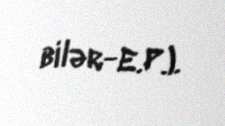
bilər-E.P.).